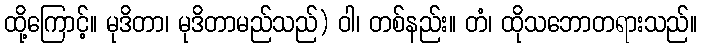
ထို့ကြောင့်။ မုဒိတာ၊ မုဒိတာမည်သည်) ဝါ၊ တစ်နည်း။ တံ၊ ထိုသဘောတရားသည်။